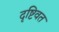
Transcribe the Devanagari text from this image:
दृष्टिवत